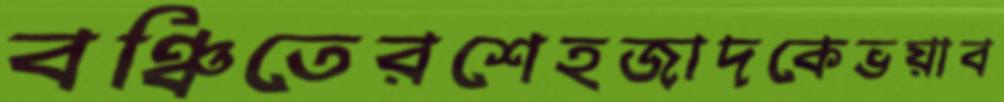
বঞ্চিতেরশেহজাদকেভয়াব